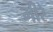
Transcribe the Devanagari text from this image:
मीरे